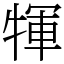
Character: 㹆